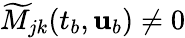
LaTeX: \widetilde{M}_{jk}(t_{b},{\mathbf{u}}_{b})\neq 0